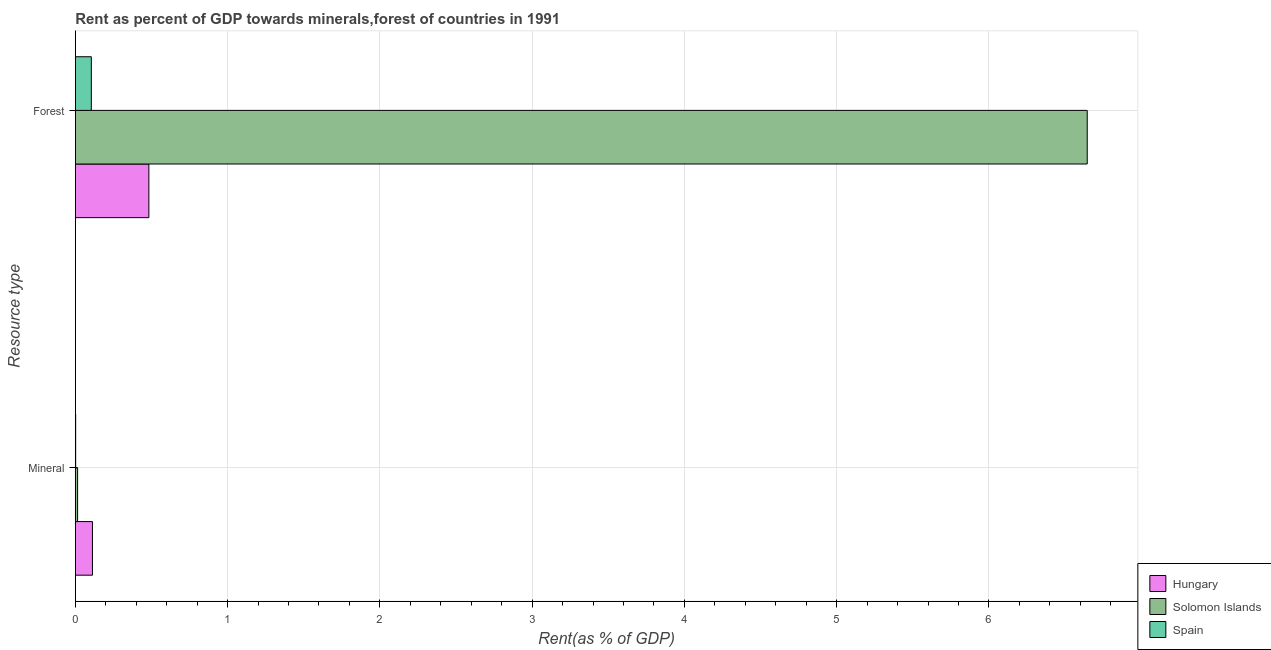
| Resource type | Hungary | Solomon Islands | Spain |
 | --- | --- | --- | --- |
 | Mineral | 0.113 | 0.0151 | 0.0024 |
 | Forest | 0.483 | 6.65 | 0.105 |